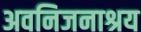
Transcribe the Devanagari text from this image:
अवनिजनाश्रय